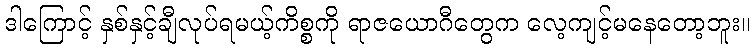
ဒါကြောင့် နှစ်နှင့်ချီလုပ်ရမယ့်ကိစ္စကို ရာဇယောဂီတွေက လေ့ကျင့်မနေတော့ဘူး။